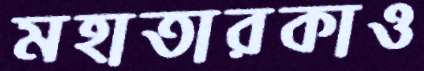
মহাতারকাও